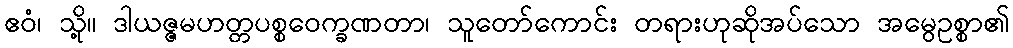
ဧဝံ၊ သို့။ ဒါယဇ္ဇမဟတ္တပစ္စဝေက္ခဏတာ၊ သူတော်ကောင်း တရားဟုဆိုအပ်သော အမွေဥစ္စာ၏